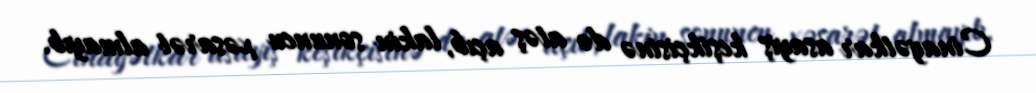
Cinayətkar asayiş keşikçisinə də atəş açıb, lakin sonuncu xəsarət almayıb.